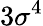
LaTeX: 3\sigma^{4}